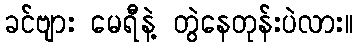
ခင်ဗျား မေရီနဲ့ တွဲနေတုန်းပဲလား။